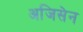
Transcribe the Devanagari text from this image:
अजिसेन